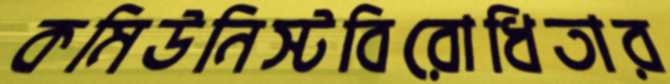
কমিউনিস্টবিরোধিতার